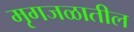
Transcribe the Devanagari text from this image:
मृगजळातील